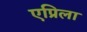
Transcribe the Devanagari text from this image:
एप्रिला